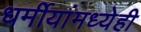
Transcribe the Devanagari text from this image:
धर्मीयांमध्येही